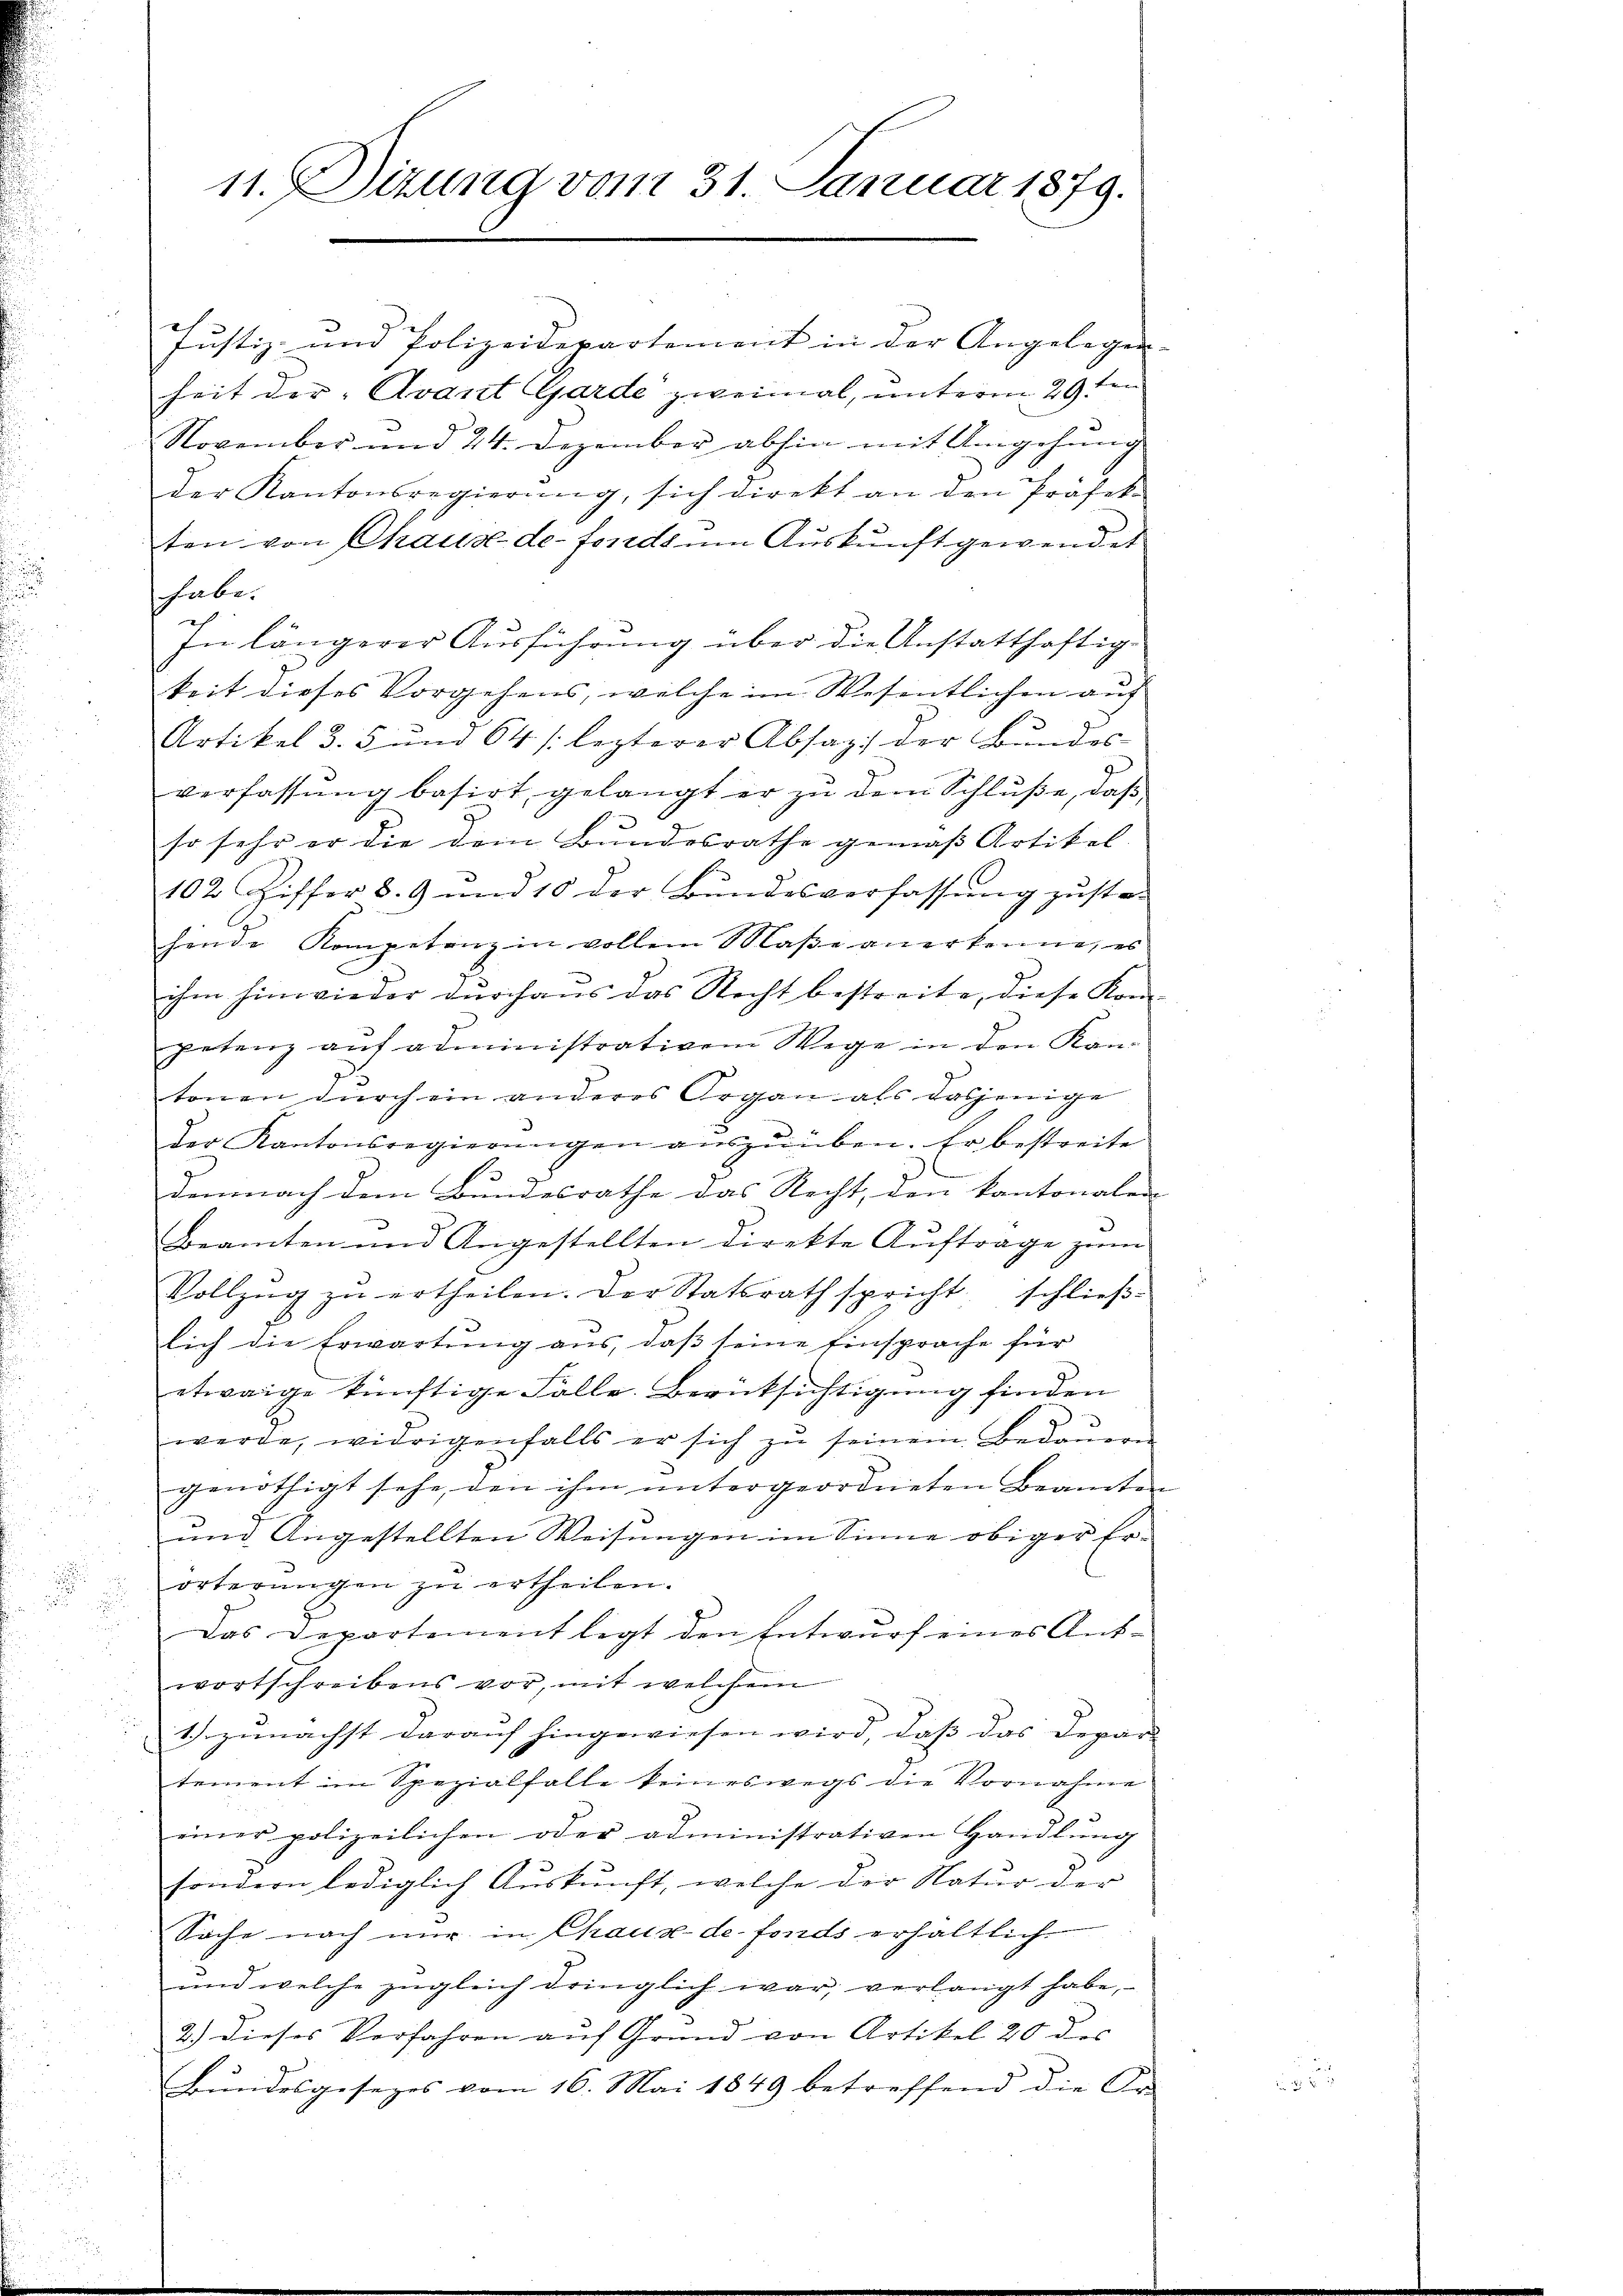
Justiz- und Polizeidepartement in der Angelegen-
heit der Avant Garde zweimal, unterm 29ten
November und 24. Dezember abhin mit Umgehung
der Kantonsregierŭng, sich direkt an den Präfek
ten von Chaux de fonds um Auskunft gewendet
habe.
Inlängerer Ausführung über die Anstatthaftig
keit dieses Vorgehens, welche im Wesentlichen auf
Artikel d. 5 und 64 /: lezterer Absaz: der Bundes
verfassung basirt, gelangt er zu dem Schluße, daß,

so sehr er die dem Bundesrathe gemäß Artikel
102 Ziffer 8. 9 und 10 der Bundesverfassung zuste-
hende Kompetenz in vollem Maβe anerkenne, es
ihm hinwieder durchaus das Recht bestreite, diese Kon-
petenz auf administrativem Wege in den Kantonen durch ein anderes Organ als dasjenige
Der Kantonsregierŭngen aŭszŭüben. Er bestreite
demnach dem Bundesrathe das Recht, den kantonalen
Beamten und Angestellten direkte Auftrage zum
Vollzŭg zŭ ertheilen. Der Statsrath spricht schlieβ-
lich die Erwartung ans, daβ seine Einsprache für
etwaige künftige Folle. Berücksichtigung finden
werde, widrigenfalls er sich zŭ seinem Bedaŭern
genöthigt sehe, den ihm untergeordneten Beamten
.
und Angestellten Weisungen im Sinne obiger Er-
örterungen zu ertheilen.
Das Departement legt den Entwurf eines Antwortschreibens vor, mit welchem
1) zunächst darauf hingewiesen wird, daß das Depar
tement im Spezialfalle keineswegs die Vornahme
einer polizeilichen oder administrativen Handlung
sondern lediglich Auskunft, welche der Natur der
Sache nach nur in Chaux-de-Fonds erhältlich
und welche zugleich dringlich war, verlangt habe,
2.) Dieses Verfahren auf Grund von Artikel 20 des
Bundesgesezes vom 16. Mai 1849 betreffend die Or-

11. Sizung vom 31. Januar 1879.